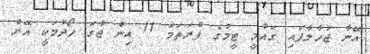
އޭނާ ޖަހާލާފައި ގައުމީ ޓީމުގެ ފުރަތަމަ 11 އިން ޖާގަ ހޯދުމަކީ އޭރު